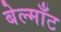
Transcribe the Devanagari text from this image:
बेल्माँट